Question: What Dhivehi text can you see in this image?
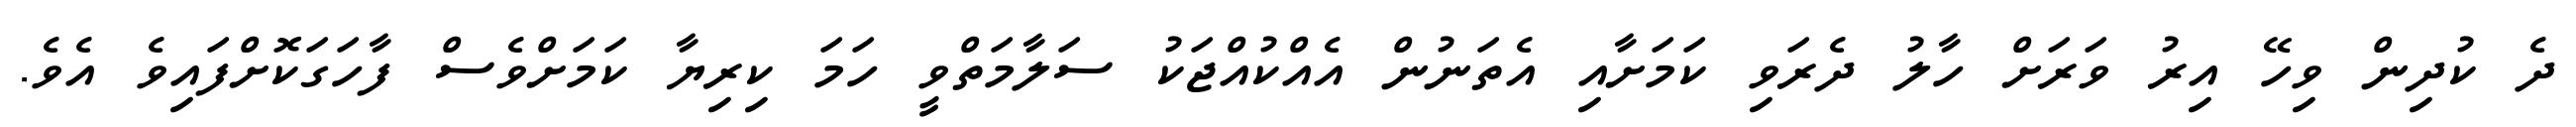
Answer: ދެ ކުދިން ވިހޭ އިރު ވަރަށް ހާލު ދެރަވި ކަމަށާއި އެތަނުން އެއްކުއްޖަކު ސަލާމަތްވީ ހަމަ ކިރިޔާ ކަމަށްވެސް ފާހަގަކޮށްފައިވެ އެވެ.